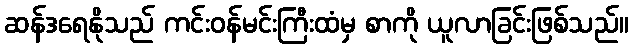
ဆန်ဒရေနိုသည် ကင်းဝန်မင်းကြီးထံမှ စာကို ယူလာခြင်းဖြစ်သည်။